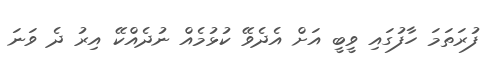
ފުރަތަމަ ހާފުގައި ވީބީ އަށް އެދެވޭ ކުޅުމެއް ނުދެއްކޭ އިރު ދެ ވަނަ